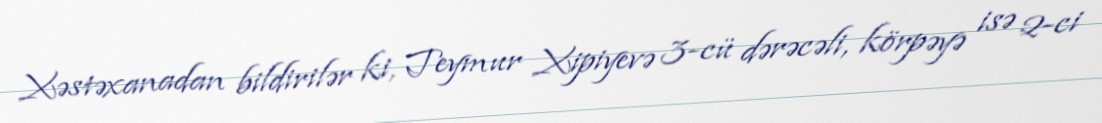
Xəstəxanadan bildirilər ki, Teymur Xipiyevə 3-cü dərəcəli, körpəyə isə 2-ci